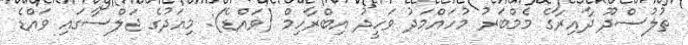
ތުލުސްދޫ ދާއިރާގެ މެމްބަރު މުހައްމަދު ވަހީދު އިބްރާހިމް (ވައްޑެ): މިއަދުގެ ޖަލްސާގައި ވައްޑެ